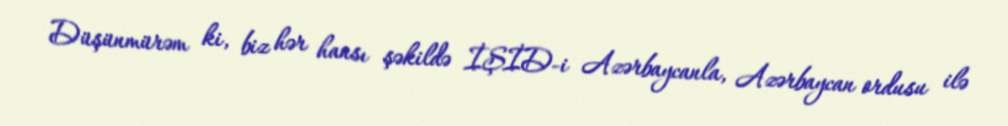
Düşünmürəm ki, biz hər hansı şəkildə İŞİD-i Azərbaycanla, Azərbaycan ordusu ilə